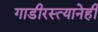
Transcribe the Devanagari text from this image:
गाडीरस्त्यानेही